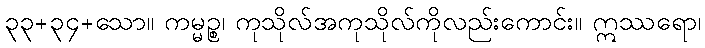
၃၃+၃၄+သော။ ကမ္မဉ္စ၊ ကုသိုလ်အကုသိုလ်ကိုလည်းကောင်း။ ဣဿရော၊